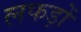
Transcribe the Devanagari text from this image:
लफड़ों